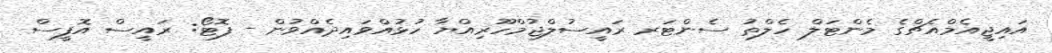
އައިޖީއެމްއެޗްގެ މެންޓަލް ހެލްތު ސެންޓަރ ރައީސުލްޖުމްހޫރިއްޔާ ހުޅުއްވައިދެއްވުން - ފޮޓޯ: ރައީސް އޮފީސް